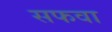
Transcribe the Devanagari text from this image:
सफवा